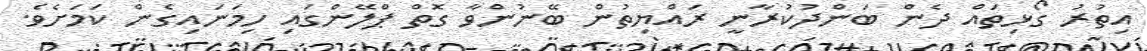
އިތުރު ގޯޅިތައް ދެން ބަންދުކުރާނީ ރައްޔިތުން ބޭނުންވާ ގޮތް ޕްލޭންގައި ހިމަނައިގެން ކަމަށެވެ.